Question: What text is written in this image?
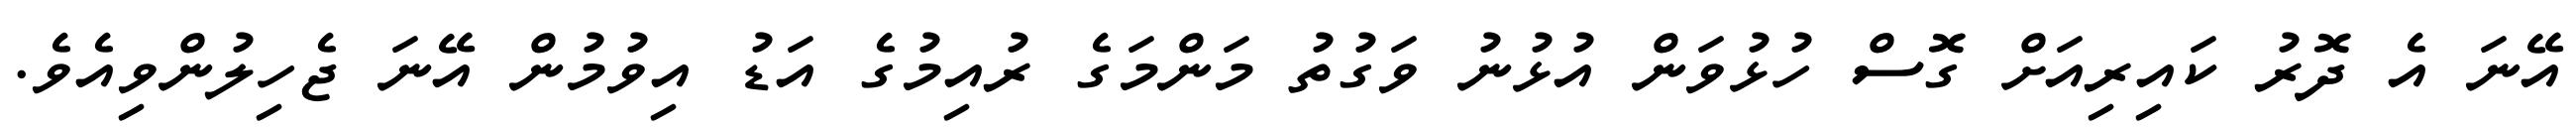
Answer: އޭނަ އެ ދޮރު ކައިރިއަށް ގޮސް ހުޅުވަން އުޅުނު ވަގުތު މަންމަގެ ރުއިމުގެ އަޑު އިވުމުން އޭނަ ޖެހިލުންވިއެވެ.